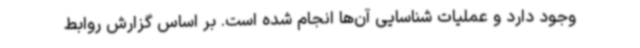
وجود دارد و عملیات شناسایی آن‌ها انجام شده است. بر اساس گزارش روابط